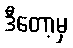
ဒီတော့မှ